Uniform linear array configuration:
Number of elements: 12
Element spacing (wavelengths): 1
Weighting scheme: kaiser
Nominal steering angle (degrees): -45
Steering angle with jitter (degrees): -44.322
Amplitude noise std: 0.05
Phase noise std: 0.05

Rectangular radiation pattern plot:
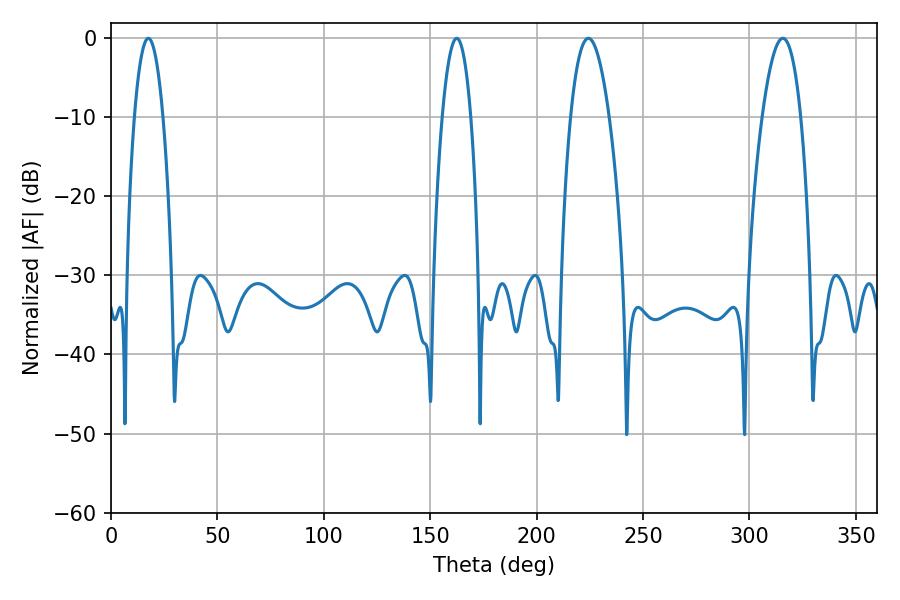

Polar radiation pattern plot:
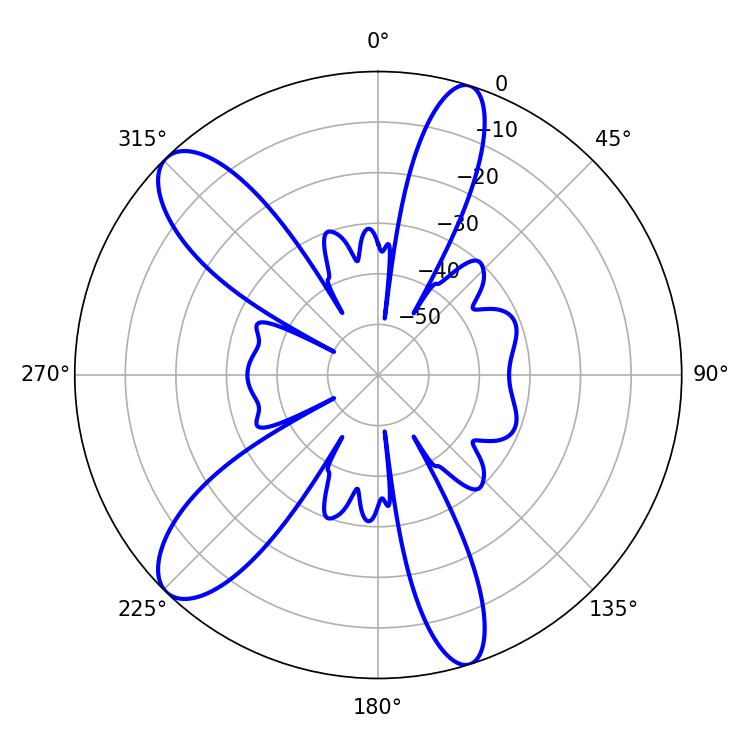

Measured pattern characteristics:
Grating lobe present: TRUE
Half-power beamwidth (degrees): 9.9
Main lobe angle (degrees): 224.28